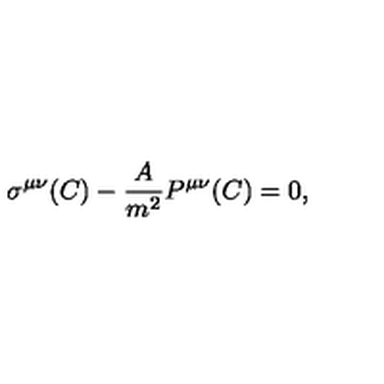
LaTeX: \sigma ^ { \mu \nu } ( C ) - { \frac { A } { m ^ { 2 } } } P ^ { \mu \nu } ( C ) = 0 ,